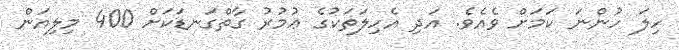
ހިލަ ހުންނަ ކަމަށް ވެއެވެ. އަދި އެހިލަތަކުގެ ޢުމުރު ގާތްގަނޑަކަށް 400 މިލިއަން